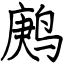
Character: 鹒